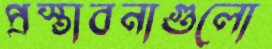
প্রস্তাবনাগুলো